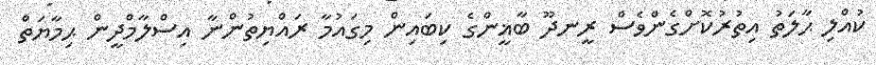
ކުއްލި ޙާލަތު އިތުރުކޮށްގެންވެސް ރީނދޫ ބާޣީންގެ ކިބައިން މިގައުމާ ރައްޔިތުންނާ އިސްލާމްދީން ޙިމާޔަތް